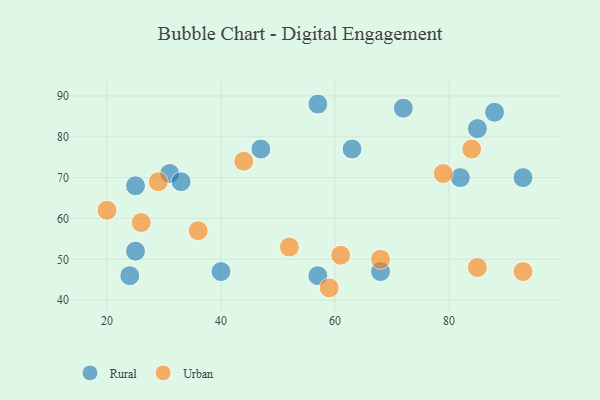
{"axis": {"x": "GDP", "y": "Life Expectancy"}, "legend": ["Rural", "Urban"], "data": [{"x": "63", "y": 77, "type": "Rural"}, {"x": "24", "y": 46, "type": "Rural"}, {"x": "93", "y": 70, "type": "Rural"}, {"x": "85", "y": 82, "type": "Rural"}, {"x": "25", "y": 52, "type": "Rural"}, {"x": "72", "y": 87, "type": "Rural"}, {"x": "82", "y": 70, "type": "Rural"}, {"x": "40", "y": 47, "type": "Rural"}, {"x": "47", "y": 77, "type": "Rural"}, {"x": "31", "y": 71, "type": "Rural"}, {"x": "33", "y": 69, "type": "Rural"}, {"x": "25", "y": 68, "type": "Rural"}, {"x": "68", "y": 47, "type": "Rural"}, {"x": "57", "y": 46, "type": "Rural"}, {"x": "57", "y": 88, "type": "Rural"}, {"x": "88", "y": 86, "type": "Rural"}, {"x": "68", "y": 50, "type": "Urban"}, {"x": "84", "y": 77, "type": "Urban"}, {"x": "85", "y": 48, "type": "Urban"}, {"x": "36", "y": 57, "type": "Urban"}, {"x": "61", "y": 51, "type": "Urban"}, {"x": "29", "y": 69, "type": "Urban"}, {"x": "26", "y": 59, "type": "Urban"}, {"x": "44", "y": 74, "type": "Urban"}, {"x": "52", "y": 53, "type": "Urban"}, {"x": "20", "y": 62, "type": "Urban"}, {"x": "93", "y": 47, "type": "Urban"}, {"x": "79", "y": 71, "type": "Urban"}, {"x": "59", "y": 43, "type": "Urban"}]}